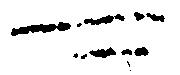
可